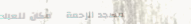
مسجد الرحمة   مكان للعباد